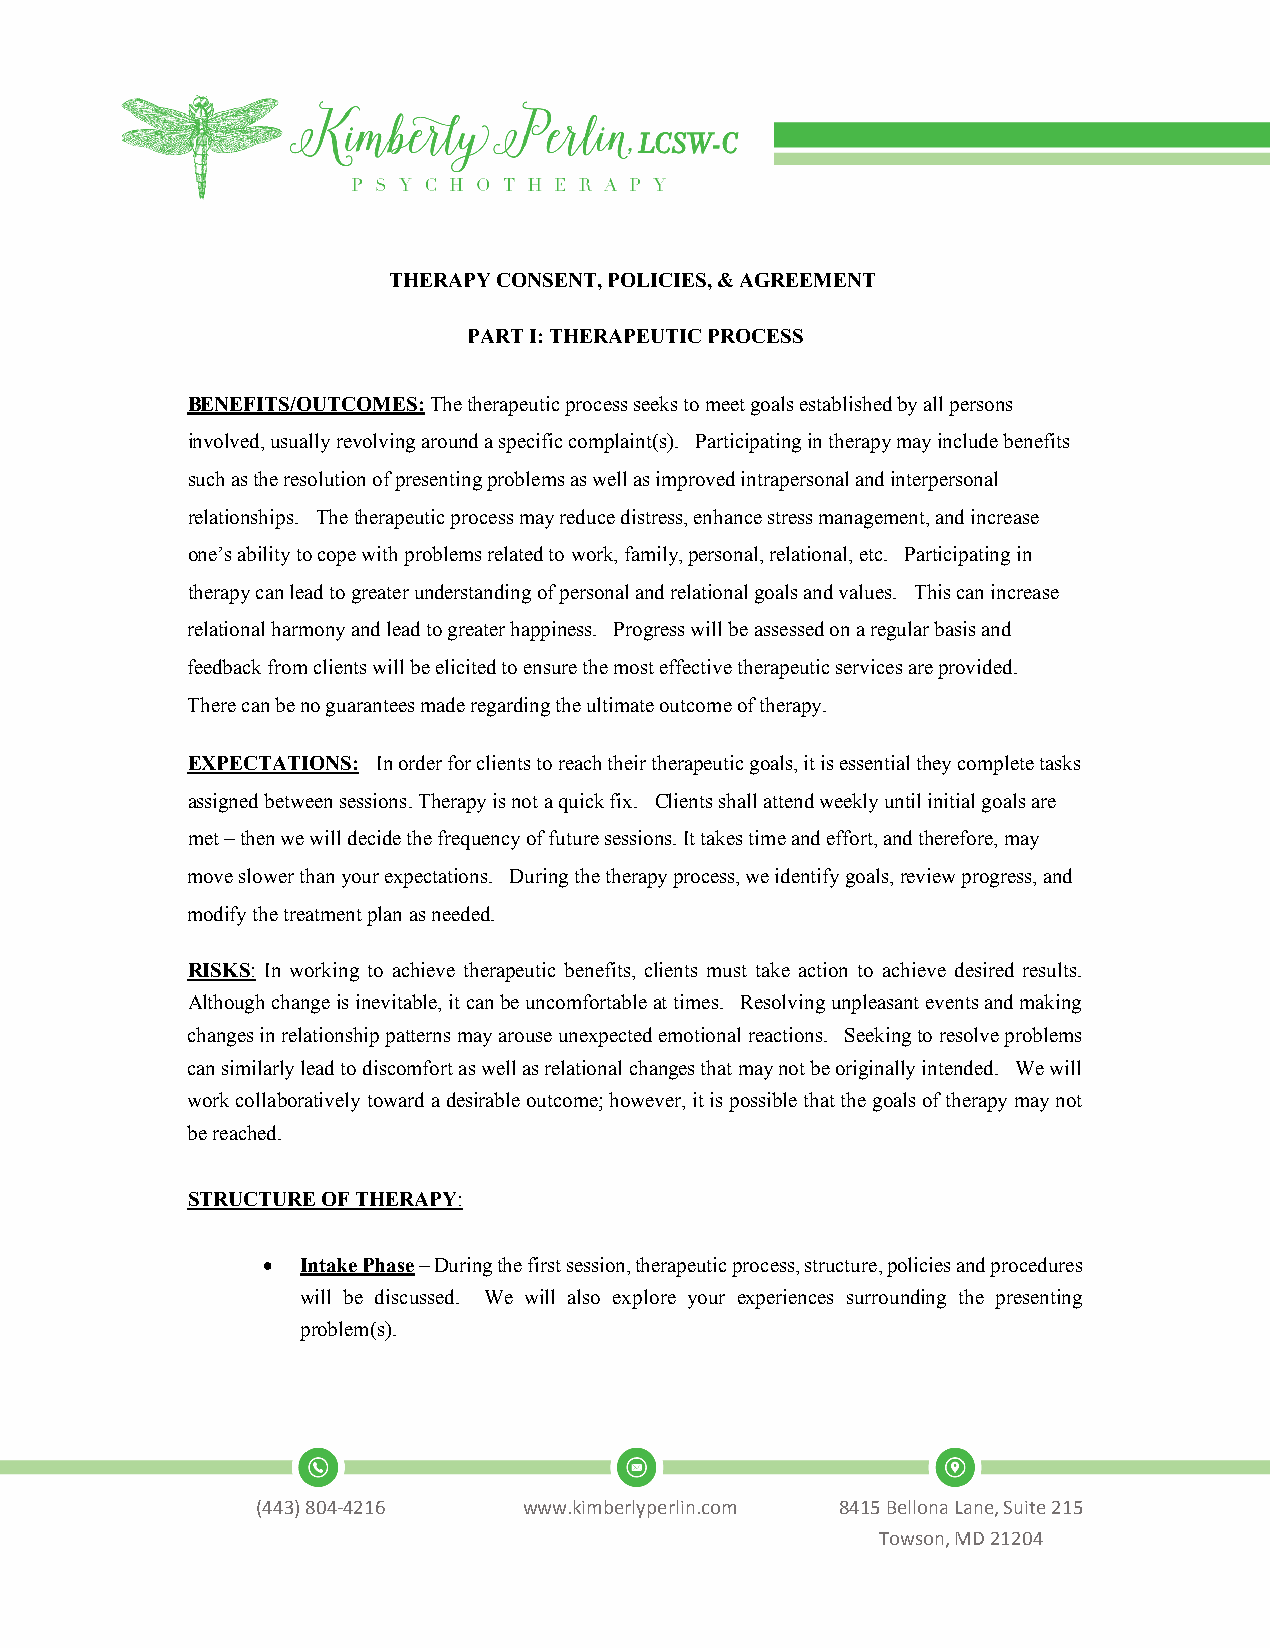
THERAPY CONSENT, POLICIES, & AGREEMENT
 PART I: THERAPEUTIC PROCESS
 BENEFITS/OUTCOMES: The therapeutic process seeks to meet goals established by all persons
 involved, usually revolving around a specific complaint(s). Participating in therapy may include benefits
 such as the resolution of presenting problems as well as improved intrapersonal and interpersonal
 relationships. The therapeutic process may reduce distress, enhance stress management, and increase
 one’s ability to cope with problems related to work, family, personal, relational, etc. Participating in
 therapy can lead to greater understanding of personal and relational goals and values. This can increase
 relational harmony and lead to greater happiness. Progress will be assessed on a regular basis and
 feedback from clients will be elicited to ensure the most effective therapeutic services are provided.
 There can be no guarantees made regarding the ultimate outcome of therapy.
 EXPECTATIONS: In order for clients to reach their therapeutic goals, it is essential they complete tasks
 assigned between sessions. Therapy is not a quick fix. Clients shall attend weekly until initial goals are
 met – then we will decide the frequency of future sessions. It takes time and effort, and therefore, may
 move slower than your expectations. During the therapy process, we identify goals, review progress, and
 modify the treatment plan as needed.
 RISKS: In working to achieve therapeutic benefits, clients must take action to achieve desired results.
 Although change is inevitable, it can be uncomfortable at times. Resolving unpleasant events and making
 changes in relationship patterns may arouse unexpected emotional reactions. Seeking to resolve problems
 can similarly lead to discomfort as well as relational changes that may not be originally intended. We will
 work collaboratively toward a desirable outcome; however, it is possible that the goals of therapy may not
 be reached.
 STRUCTURE OF THERAPY:
 •  Intake Phase – During the first session, therapeutic process, structure, policies and procedures
 will be discussed. We will also explore your experiences surrounding the presenting
 problem(s).
 (443)804-4216     www.kimberlyperlin.com 8415 Bellona Lane, Suite 215
 Towson, MD 21204